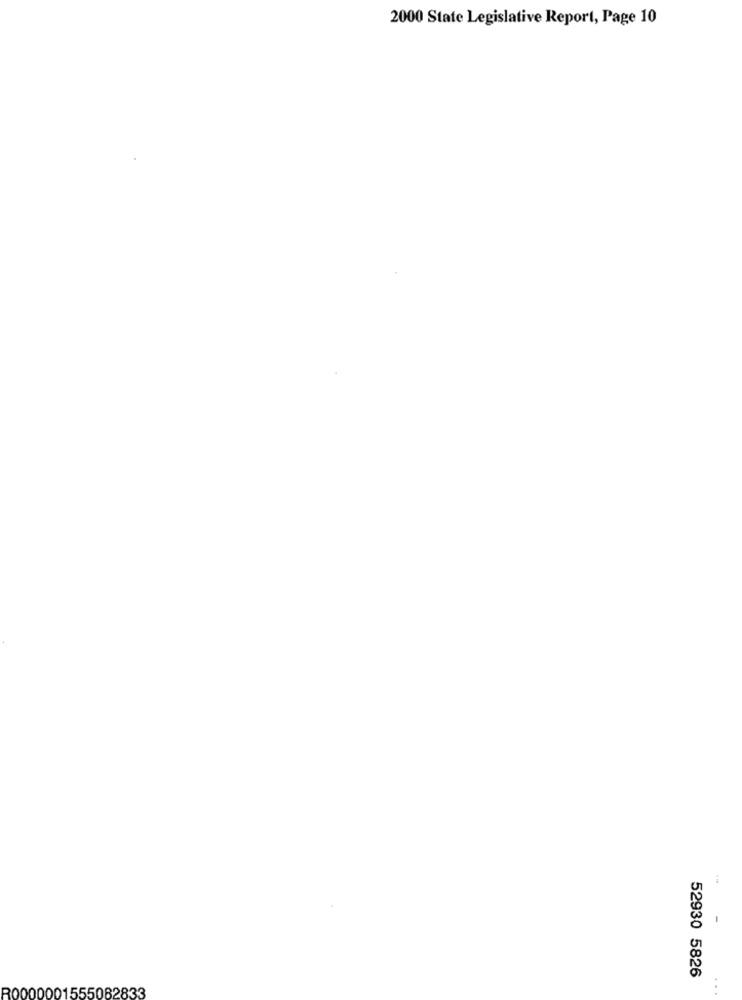
2000 State Legislative Report, Page 10
52930 5826
R0000001555082833